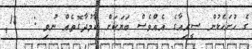
ގެ ހުށަހެޅުން ސީރިއާގެ އެއްވެސް ބަޔަކަށް ކާމުދާގޮތެއް ނުވި :  18